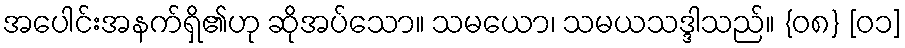
အပေါင်းအနက်ရှိ၏ဟု ဆိုအပ်သော။ သမယော၊ သမယသဒ္ဒါသည်။ {၀၈} [၀၁]